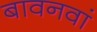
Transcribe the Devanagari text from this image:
बावनवां